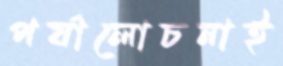
পর্যালোচনাই